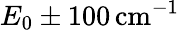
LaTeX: E_{0}\pm 100\, \mathrm{cm}^{-1}